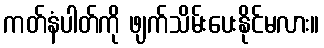
ကတ်နံပါတ်ကို ဖျက်သိမ်းပေးနိုင်မလား။